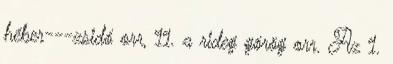
héber---zsidó orr, 11. a rideg görög orr. Az 1.